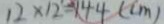
1 2 \times 1 2 = 1 4 4 ( c m )